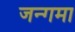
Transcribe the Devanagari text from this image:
जन्गमा